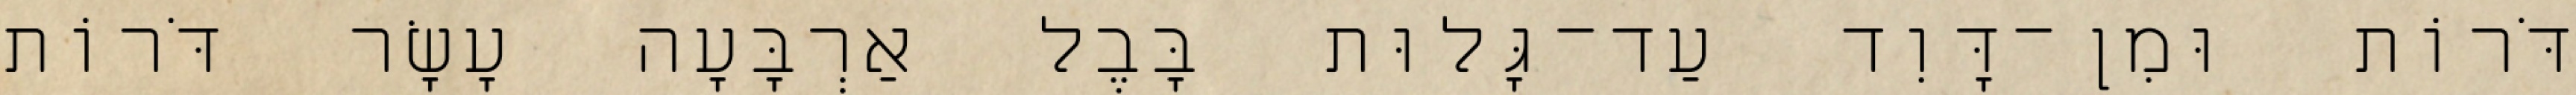
דֹּרוֹת וּמִן־דָּוִד עַד־גָּלוּת בָּבֶל אַרְבָּעָה עָשָׂר דֹּרוֹת